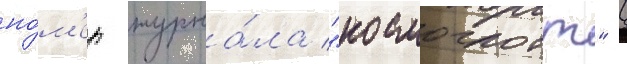
но́м'ер журна́ла "космоглотт" (